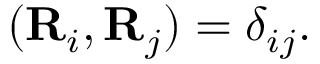
\begin{array} { r } { ( { \bf R } _ { i } , { \bf R } _ { j } ) = \delta _ { i j } . } \end{array}